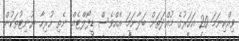
ވިއްކިނަމަ 20 އަހަރުގެ މުއްދަތަށް ބަލާނަމަ އެއްވެސް ޑީފޯލްޓެއް ނެތި ހުރިހާ ޔުނިޓުތަކުން